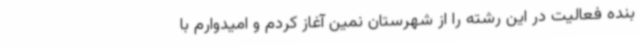
بنده فعالیت در این رشته را از شهرستان نمین آغاز کردم و امیدوارم با